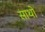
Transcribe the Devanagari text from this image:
साथों